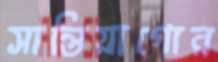
সান্তিয়াগোর